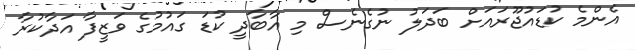
އެންމެ ކުޑައުޖޫރައަށް ބަދަލު ނުގެނެސް މި އާބާދީ ކުޑަ ގައުމުގެ ވަޒީފާ އަދާކުރާ